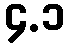
၄.၁